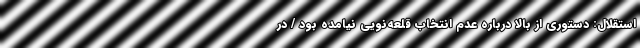
استقلال: دستوری از بالا درباره عدم انتخاب قلعه‌نویی نیامده بود / در